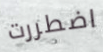
اضطررت